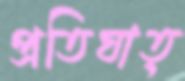
প্রতিঘাত্